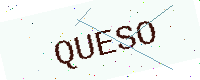
Text: QUESO